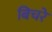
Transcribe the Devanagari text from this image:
बिचरे